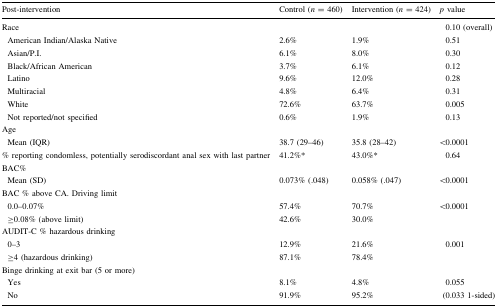
<table><thead><tr><td><b>Post-intervention</b></td><td><b>Control (<i>n</i> = 460)</b></td><td><b>Intervention (<i>n</i> = 424)</b></td><td><b><i>p</i> value</b></td></tr></thead><tbody><tr><td>Race</td><td></td><td></td><td>0.10 (overall)</td></tr><tr><td> American Indian/Alaska Native</td><td>2.6%</td><td>1.9%</td><td>0.51</td></tr><tr><td> Asian/P.I.</td><td>6.1%</td><td>8.0%</td><td>0.30</td></tr><tr><td> Black/African American</td><td>3.7%</td><td>6.1%</td><td>0.12</td></tr><tr><td> Latino</td><td>9.6%</td><td>12.0%</td><td>0.28</td></tr><tr><td> Multiracial</td><td>4.8%</td><td>6.4%</td><td>0.31</td></tr><tr><td> White</td><td>72.6%</td><td>63.7%</td><td>0.005</td></tr><tr><td> Not reported/not specified</td><td>0.6%</td><td>1.9%</td><td>0.13</td></tr><tr><td colspan="4">Age</td></tr><tr><td> Mean (IQR)</td><td>38.7 (29–46)</td><td>35.8 (28–42)</td><td>&lt;0.0001</td></tr><tr><td>% reporting condomless, potentially serodiscordant anal sex with last partner</td><td>41.2%*</td><td>43.0%*</td><td>0.64</td></tr><tr><td colspan="4">BAC%</td></tr><tr><td> Mean (SD)</td><td>0.073% (.048)</td><td>0.058% (.047)</td><td>&lt;0.0001</td></tr><tr><td colspan="4">BAC % above CA. Driving limit</td></tr><tr><td> 0.0–0.07%</td><td>57.4%</td><td>70.7%</td><td rowspan="2">&lt;0.0001</td></tr><tr><td> ≥0.08% (above limit)</td><td>42.6%</td><td>30.0%</td></tr><tr><td colspan="4">AUDIT-C % hazardous drinking</td></tr><tr><td> 0–3</td><td>12.9%</td><td>21.6%</td><td rowspan="2">0.001</td></tr><tr><td> ≥4 (hazardous drinking)</td><td>87.1%</td><td>78.4%</td></tr><tr><td colspan="4">Binge drinking at exit bar (5 or more)</td></tr><tr><td> Yes</td><td>8.1%</td><td>4.8%</td><td>0.055</td></tr><tr><td> No</td><td>91.9%</td><td>95.2%</td><td>(0.033 1-sided)</td></tr></tbody></table>